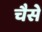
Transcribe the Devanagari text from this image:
चैसे